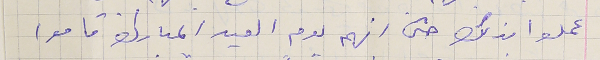
عملوا بذلك حتى انهم يوم العيد المبارك قاموا